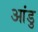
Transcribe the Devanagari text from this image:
आंडु